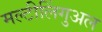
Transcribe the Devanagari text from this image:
मल्टीलिंगुअल